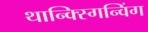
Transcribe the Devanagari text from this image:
थान्क्स्गिन्विंग